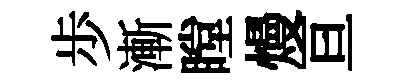
歩漸瞠熳亘